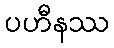
ပဟီနဿ